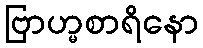
ဗြာဟ္မစာရိနော